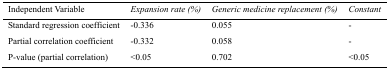
<table><thead><tr><td><b>Independent Variable</b></td><td><b>Expansion rate (%)</b></td><td><b>Generic medicine replacement (%)</b></td><td><b>Constant</b></td></tr></thead><tbody><tr><td>Standard regression coefficient</td><td>-0.336</td><td>0.055</td><td>-</td></tr><tr><td>Partial correlation coefficient</td><td>-0.332</td><td>0.058</td><td>-</td></tr><tr><td>P-value (partial correlation)</td><td>&lt;0.05</td><td>0.702</td><td>&lt;0.05</td></tr></tbody></table>